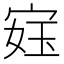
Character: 𫳙